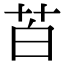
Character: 苩